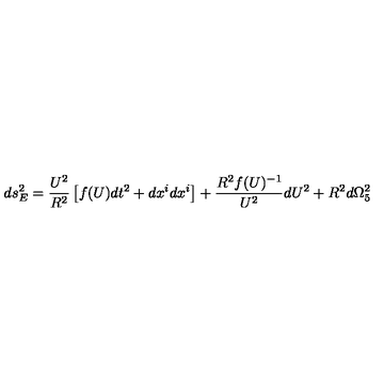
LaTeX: d s _ { E } ^ { 2 } = \frac { U ^ { 2 } } { R ^ { 2 } } \left[ f ( U ) d t ^ { 2 } + d x ^ { i } d x ^ { i } \right] + \frac { R ^ { 2 } f ( U ) ^ { - 1 } } { U ^ { 2 } } d U ^ { 2 } + R ^ { 2 } d \Omega _ { 5 } ^ { 2 }